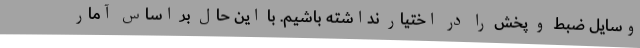
وسایل ضبط و پخش را در اختیار نداشته باشیم. با این حال بر اساس آمار